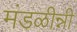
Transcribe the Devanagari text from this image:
मंडळीन्नी